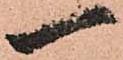
一